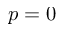
p = 0